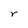
Character: r